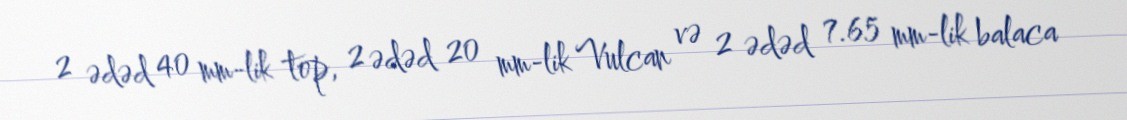
2 ədəd 40 mm-lik top, 2 ədəd 20 mm-lik Vulcan və 2 ədəd 7.65 mm-lik balaca